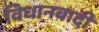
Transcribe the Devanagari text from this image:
विधानवादी